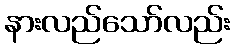
နားလည်သော်လည်း